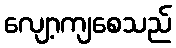
လျော့ကျစေသည်